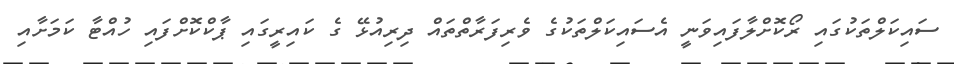
ސައިކަލްތަކުގައި ރޯކޮށްލާފައިވަނީ އެސައިކަލްތަކުގެ ވެރިފަރާތްތައް ދިރިއުޅޭ ގެ ކައިރީގައި ޕާކްކޮށްފައި ހުއްޓާ ކަމަށާއި